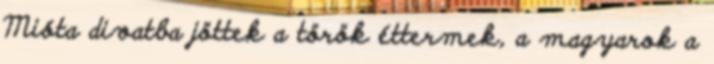
Mióta divatba jöttek a török éttermek, a magyarok a